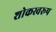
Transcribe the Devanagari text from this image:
शोकस्वरूप